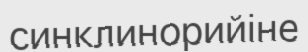
синклинорийіне